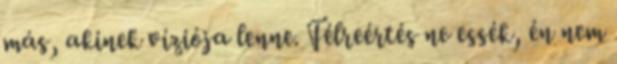
más, akinek víziója lenne. Félreértés ne essék, én nem